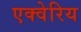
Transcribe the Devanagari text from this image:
एक्वेरिय